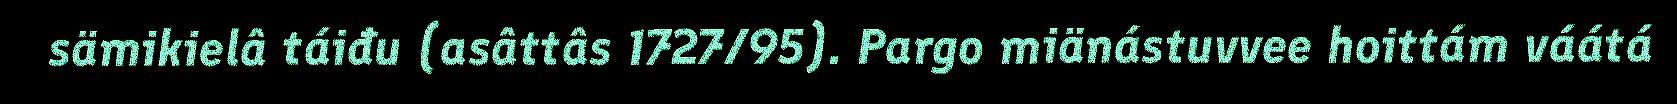
sämikielâ táiđu (asâttâs 1727/95). Pargo miänástuvvee hoittám váátá